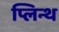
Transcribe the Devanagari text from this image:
प्लिन्थ